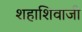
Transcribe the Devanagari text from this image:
शहाशिवाजी